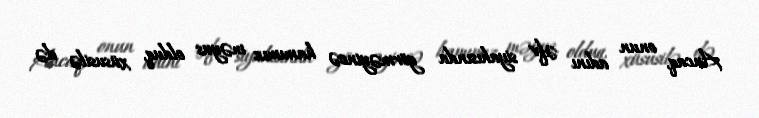
Ancaq, onun adını əfv siyahısında görməyincə hamımız məyus olduq, xüsusilə də